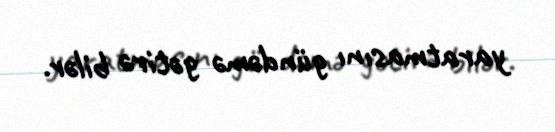
yaratmasını gündəmə gətirə bilər.